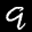
Label: 9